Civil Veterinary Dept. Bombay admin report 1900-1906 - 1900-1906
Year: 1900
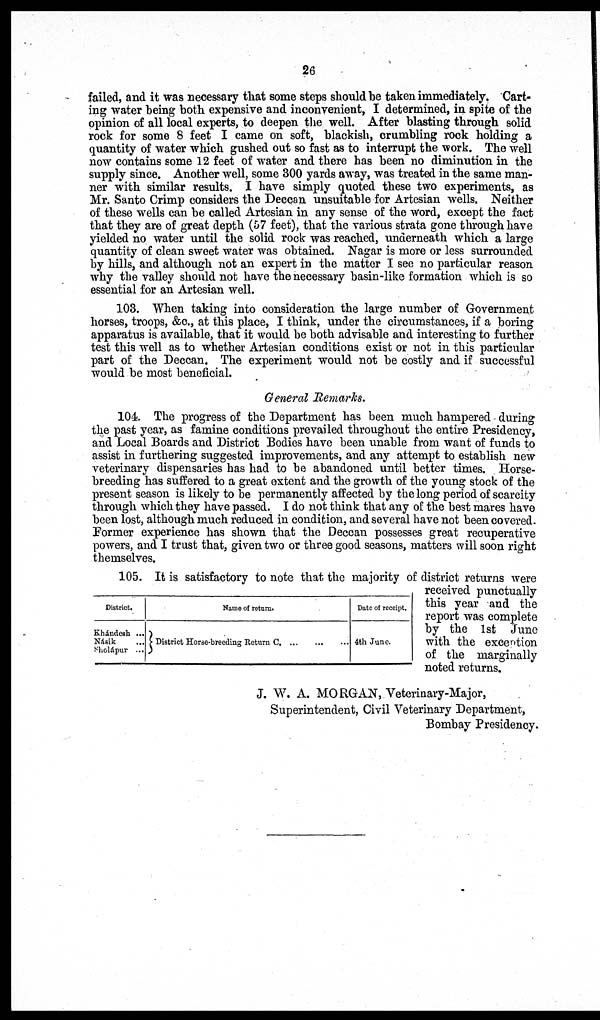
26
failed, and it was necessary that some steps should be taken immediately. Cart-
ing water being both expensive and inconvenient, I determined, in spite of the
opinion of all local experts, to deepen the well. After blasting through solid
rock for some 8 feet I came on soft, blackish, crumbling rock holding a
quantity of water which gushed out so fast as to interrupt the work. The well
now contains some 12 feet of water and there has been no diminution in the
supply since. Another well, some 300 yards away, was treated in the same man-
ner with similar results. I have simply quoted these two experiments, as
Mr. Santo Crimp considers the Deccan unsuitable for Artesian wells. Neither
of these wells can be called Artesian in any sense of the word, except the fact
that they are of great depth (57 feet), that the various strata gone through have
yielded no water until the solid rock was reached, underneath which a large
quantity of clean sweet water was obtained. Nagar is more or less surrounded
by hills, and although not an expert in the matter I see no particular reason
why the valley should not have the necessary basin-like formation which is so
essential for an Artesian well.
103. When taking into consideration the large number of Government
horses, troops, &c., at this place, I think, under the circumstances, if a boring
apparatus is available, that it would be both advisable and interesting to further
test this well as to whether Artesian conditions exist or not in this particular
part of the Deccan. The experiment would not be costly and if successful
would be most beneficial.
General Remarks.
104. The progress of the Department has been much hampered during
the past year, as famine conditions prevailed throughout the entire Presidency,
and Local Boards and District Bodies have been unable from want of funds to
assist in furthering suggested improvements, and any attempt to establish new
veterinary dispensaries has had to be abandoned until better times. Horse-
breeding has suffered to a great extent and the growth of the young stock of the
present season is likely to be permanently affected by the long period of scarcity
through which they have passed. I do not think that any of the best mares have
been lost, although much reduced in condition, and several have not been covered.
Former experience has shown that the Deccan possesses great recuperative
powers, and I trust that, given two or three good seasons, matters will soon right
themselves.
District.
Khándesh ...
Násik ...
S'holápur ...
Name of return.
District Horse-breeding Return C. ... ... ...
Date of receipt.
4th June.
105. It is satisfactory to note that the majority of district returns were
received punctually
this year and the
report was complete
by the 1st June
with the exception
of the marginally
noted returns.
J. W. A. MORGAN, Veterinary-Major,
Superintendent, Civil Veterinary Department,
Bombay Presidency.